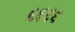
૬૬૬૬